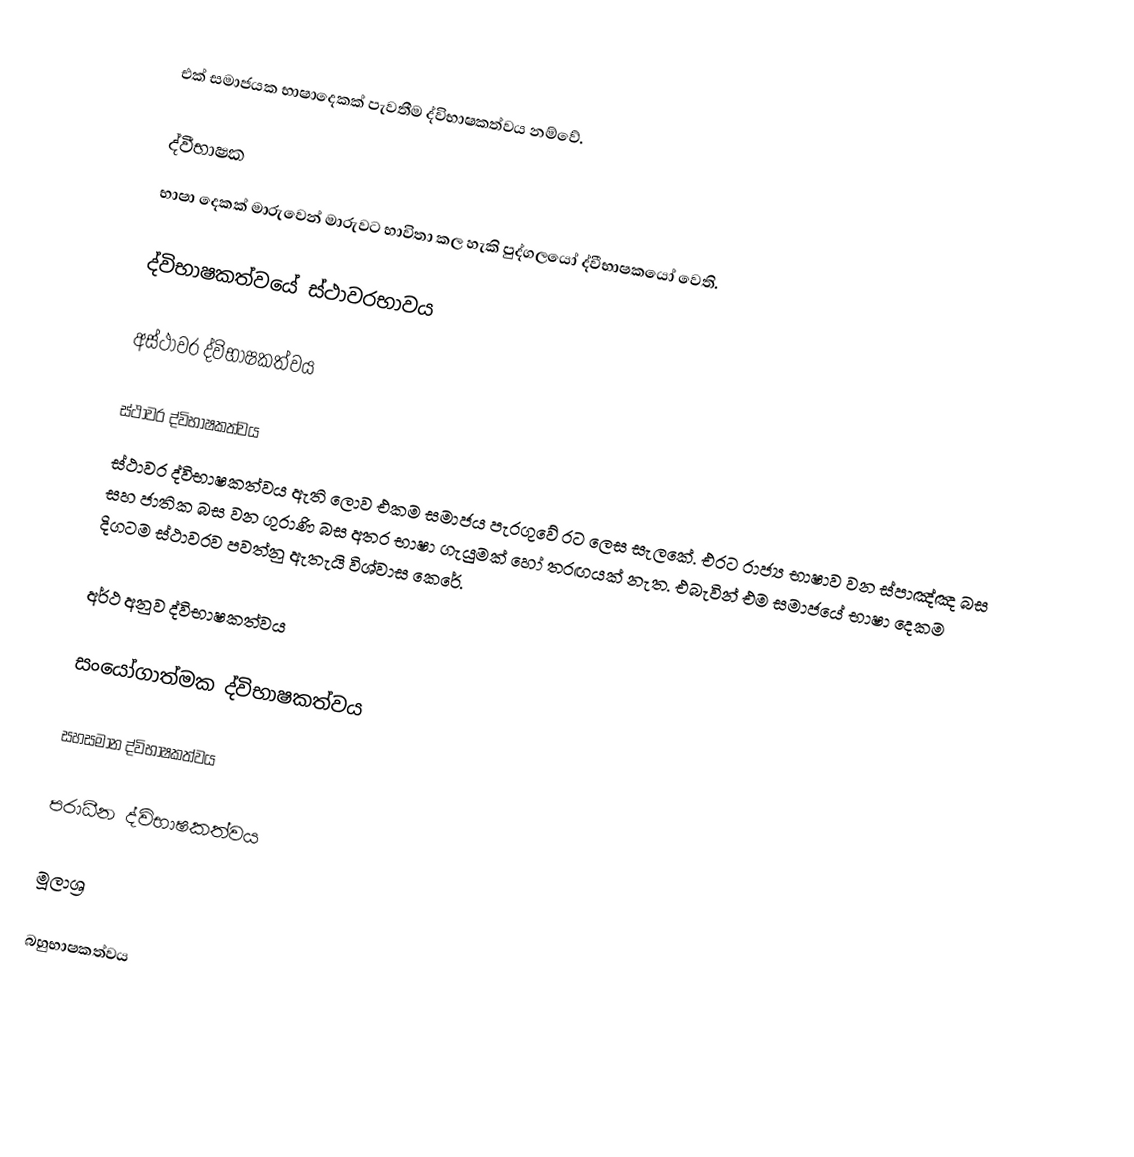
එක් සමාජයක භාෂාදෙකක් පැවතීම ද්විභාෂකත්වය නම්වේ.

ද්වීභාෂක
භාෂා දෙකක් මාරුවෙන් මාරුවට භාවිතා කල හැකි පුද්ගලයෝ ද්වීභාෂකයෝ වෙති.

ද්විභාෂකත්වයේ ස්ථාවරභාවය

අස්ථාවර ද්විභාෂකත්වය

ස්ථාවර ද්විභාෂකත්වය
ස්ථාවර ද්විභාෂකත්වය ඇති ලොව එකම සමාජය පැරගුවේ රට ලෙස සැලකේ. එරට රාජ්‍ය භාෂාව වන ස්පාඤ්ඤ බස සහ ජාතික බස වන ගුරාණි බස අතර භාෂා ගැයුමක් හෝ තරඟයක් නැත. එබැවින් එම සමාජයේ භාෂා දෙකම දිගටම ස්ථාවරව පවත්නු ඇතැයි විශ්වාස කෙරේ.

අර්ථ අනුව ද්විභාෂකත්වය

සංයෝගාත්මක ද්විභාෂකත්වය

සහසමාන ද්විභාෂකත්වය

පරාධීන ද්විභාෂකත්වය

මූලාශ්‍ර

බහුභාෂකත්වය